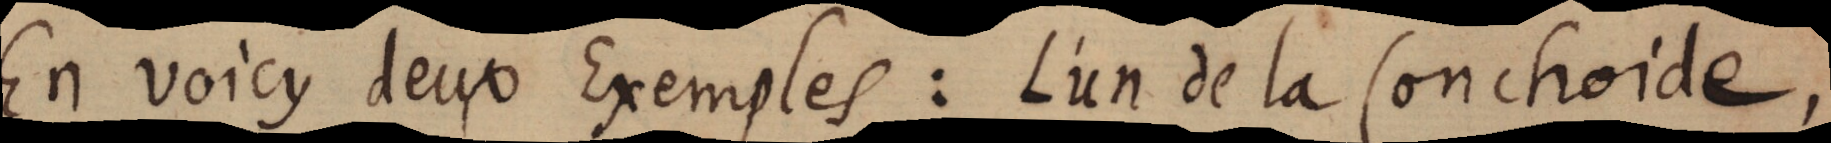
En voicy deux Exemples: L’un de la Conchoide,